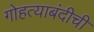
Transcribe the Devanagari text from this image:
गोहत्याबंदीची